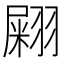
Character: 𦑫